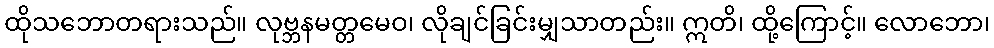
ထိုသဘောတရားသည်။ လုဗ္ဘနမတ္တမေဝ၊ လိုချင်ခြင်းမျှသာတည်း။ ဣတိ၊ ထို့ကြောင့်။ လောဘော၊